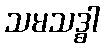
သမသဒ္ဓါ